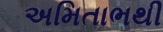
અમિતાભથી